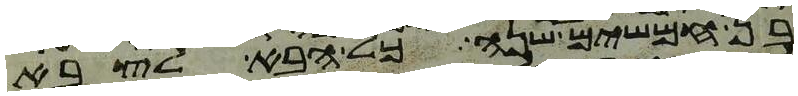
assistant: בן חמשים שנה כל הבא לצבא